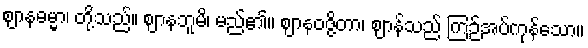
ဈာနဓမ္မာ၊ တို့သည်။ ဈာနဘူမိ၊ မည်၏။ ဈာနဝဇ္ဇိတာ၊ ဈာန်သည် ကြဉ်အပ်ကုန်သော။